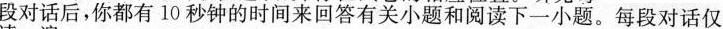
段对话后，你都有 10秒钟的时间来回答有关小题和阅读下一小题。每段对话仅